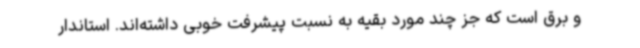
و برق است که جز چند مورد بقیه به نسبت پیشرفت خوبی داشته‌اند. استاندار